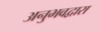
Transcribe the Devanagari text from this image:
अनुभवद्वारा